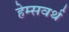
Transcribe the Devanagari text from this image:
हेम्सवर्थ